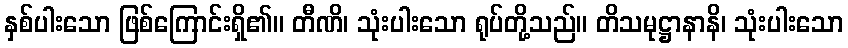
နှစ်ပါးသော ဖြစ်ကြောင်းရှိ၏။ တီဏိ၊ သုံးပါးသော ရုပ်တို့သည်။ တိသမုဋ္ဌာနာနိ၊ သုံးပါးသော